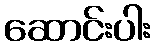
ဆောင်းပါး